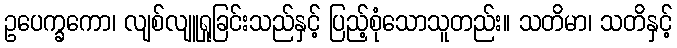
ဥပေက္ခကော၊ လျစ်လျူရှုခြင်းသည်နှင့် ပြည့်စုံသောသူတည်း။ သတိမာ၊ သတိနှင့်